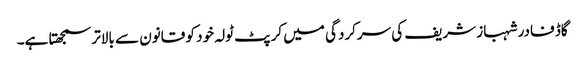
گاڈ فادر شہباز شریف کی سرکردگی میں کرپٹ ٹولہ خود کو قانون سے بالاتر سمجھتا ہے۔